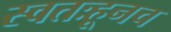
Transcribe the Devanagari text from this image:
स्वतःहूनच